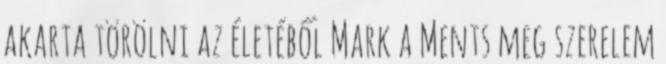
akarta törölni az életéből Mark a Ments meg szerelem